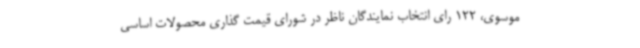
موسوی، 122 رای انتخاب نمایندگان ناظر در شورای قیمت گذاری محصولات اساسی